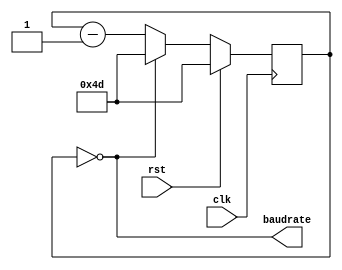
`default_nettype none
`timescale 1ns/10ps

//`include "clog2.v"


module brg(input clk, input rst, output baudrate);
   parameter BAUD=9600;
   parameter OVERSAMPLE=16;  
   parameter CLOCK=12_000_000;
// cycles/sec / bit/sec = cycles/bit
// We need to factor in oversampling and
// to minimize error, we compute 10 x the delay, add 5 and then divide by 10
// So if the delay should be 20.7, we compute 207, add 5 divide by 10 and get 21.
   localparam SCLOCK=((CLOCK*10)/(BAUD*(OVERSAMPLE))+5)/10 - 1;
   localparam BAUDCLOCKWIDTH=$clog2(SCLOCK+1);

   reg [BAUDCLOCKWIDTH-1:0] counter=SCLOCK;

// Output fires when counter is 0   
   assign baudrate=counter==0;

   always @(posedge clk)
     if (rst)
       counter<=SCLOCK;
     else
       if (counter==0) counter<=SCLOCK; else counter<=counter-1;

endmodule